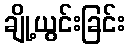
ချို့ယွင်းခြင်း